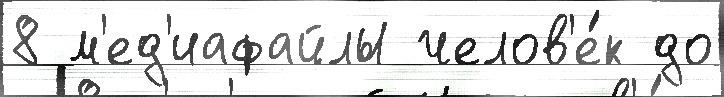
8 м'ед'иафайлы челов'е́к до